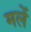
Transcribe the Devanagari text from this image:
मलें